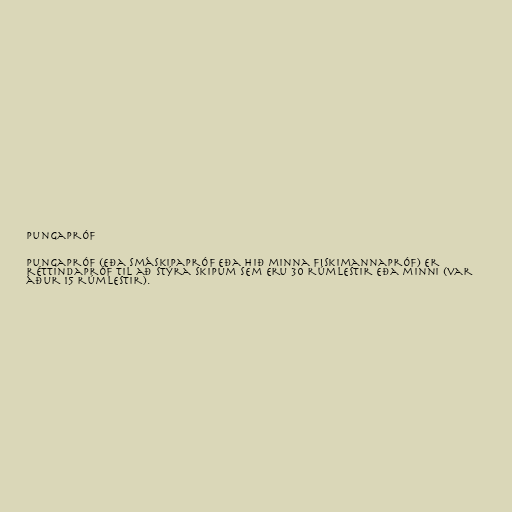
Pungapróf

Pungapróf (eða smáskipapróf eða hið minna fiskimannapróf) er
réttindapróf til að stýra skipum sem eru 30 rúmlestir eða minni (var
áður 15 rúmlestir).